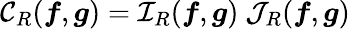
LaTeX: \mathcal{C}_{R}(\boldsymbol{f},\boldsymbol{g})=\mathcal{I}_{R}(\boldsymbol{f},\boldsymbol{g})\ \mathcal{J}_{R}(\boldsymbol{f},\boldsymbol{g})